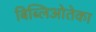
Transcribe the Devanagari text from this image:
बिब्लिओतेका